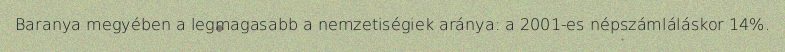
Baranya megyében a legmagasabb a nemzetiségiek aránya: a 2001-es népszámláláskor 14%.